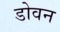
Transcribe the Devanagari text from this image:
डोवन